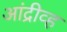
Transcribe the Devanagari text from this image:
आंद्रीव्ह